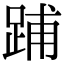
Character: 𨁏